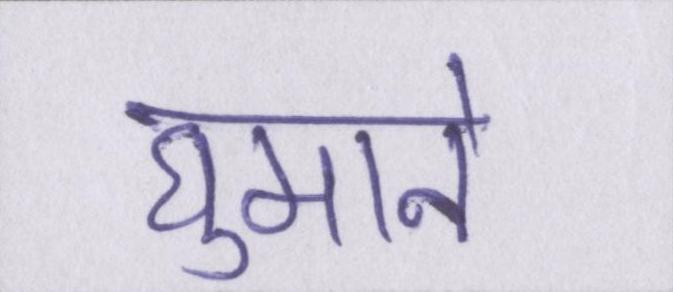
घुमाने